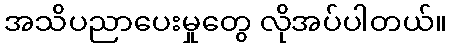
အသိပညာပေးမှုတွေ လိုအပ်ပါတယ်။